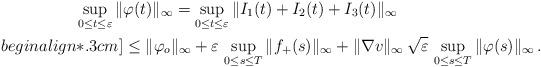
LaTeX: \begin{align*}\sup_{0\leq t\leq \varepsilon}\|& \varphi(t)\|_{\infty} = \sup_{0\leq t\leq \varepsilon }\|I_{1}(t) + I_{2}(t) + I_{3}(t)\|_{\infty}\\begin{align*}.3cm]& \leq \|\varphi_o\|_{\infty} + \varepsilon\,\sup_{ 0 \leq s \leq T}\|f_{+}(s)\|_{\infty} + \|\nabla v\|_{\infty}\,\sqrt{\varepsilon}\, \sup_{ 0 \leq s \leq T}\|\varphi(s)\|_{\infty}\,.\end{align*}